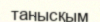
танысқым